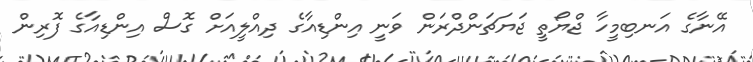
އޭނާގެ އަނބިމީހާ ޖްޔޯތީ ޖަޔަޗަންދްރަން ވަނީ އިންޑިއާގެ ދިއްލީއަށް ގޮސް އިންޑިއާގެ ފޮރިން